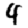
Digit: 4